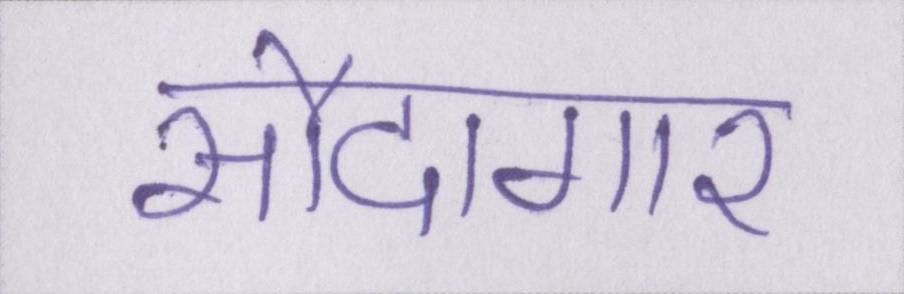
सौदागार